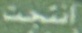
انتجت